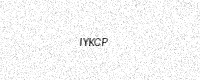
Text: IYKCP